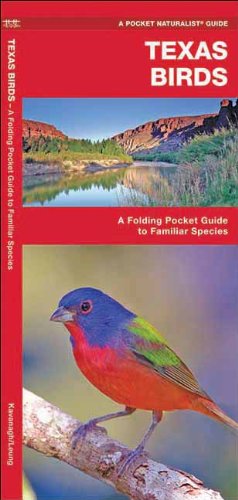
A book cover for Texas Birds: A Folding Pocket Guide to Familiar Species (Pocket Naturalist Guide Series); James Kavanagh; Travel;